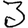
Digit: 3